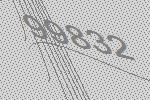
99832